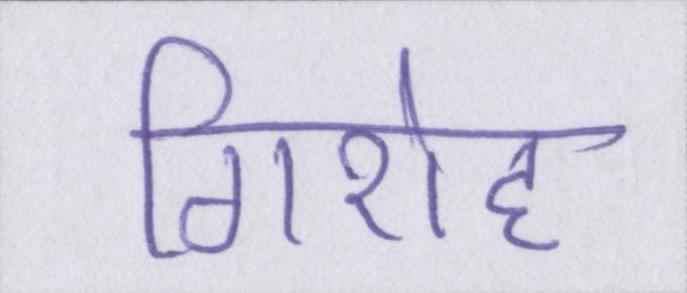
गिरोह